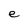
Character: e